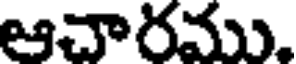
ఆచారము.